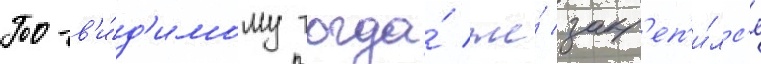
По-в'и́д'имому тогда́ же́ закр'еп'и́лс'я